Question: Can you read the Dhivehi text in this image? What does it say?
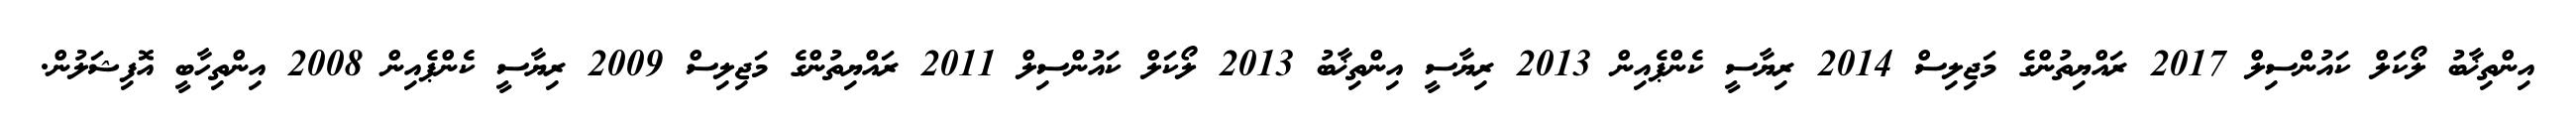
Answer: އިންތިޚާބު ލޯކަލް ކައުންސިލް 2017 ރައްޔިތުންގެ މަޖިލިސް 2014 ރިޔާސީ ކެންޕެއިން 2013 ރިޔާސީ އިންތިޚާބު 2013 ލޯކަލް ކައުންސިލް 2011 ރައްޔިތުންގެ މަޖިލިސް 2009 ރިޔާސީ ކެންޕެއިން 2008 އިންތިހާބީ އޮފިޝަލުން.